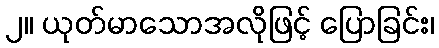
၂။ ယုတ်မာသောအလိုဖြင့် ပြောခြင်း၊